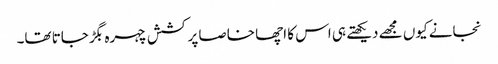
نجانے کیوں مجھے دیکھتے ہی اس کا اچھا خاصا پرکشش چہرہ بگڑ جاتا تھا۔